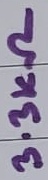
Text: 3.3KΩ